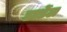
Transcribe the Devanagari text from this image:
डार्डेल